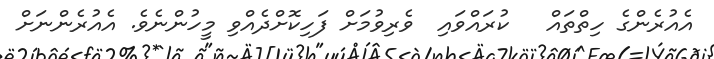
އެއުރެންގެ ހިތްތައް   ކުރައްވައި  ވެރިވުމަށް ފަހިކޮށްދެއްވި މީހުންނެވެ. އެއުރެންނަށް